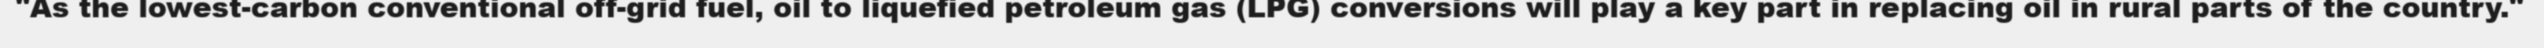
"As the lowest-carbon conventional off-grid fuel, oil to liquefied petroleum gas (LPG) conversions will play a key part in replacing oil in rural parts of the country."